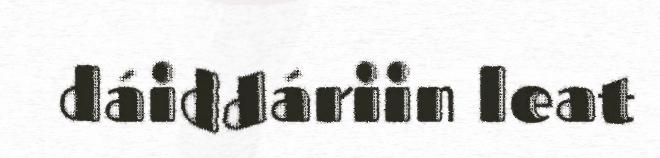
dáiddáriin leat